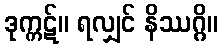
ဒုက္ကဋ်။ ရလျှင် နိဿဂ္ဂိ။